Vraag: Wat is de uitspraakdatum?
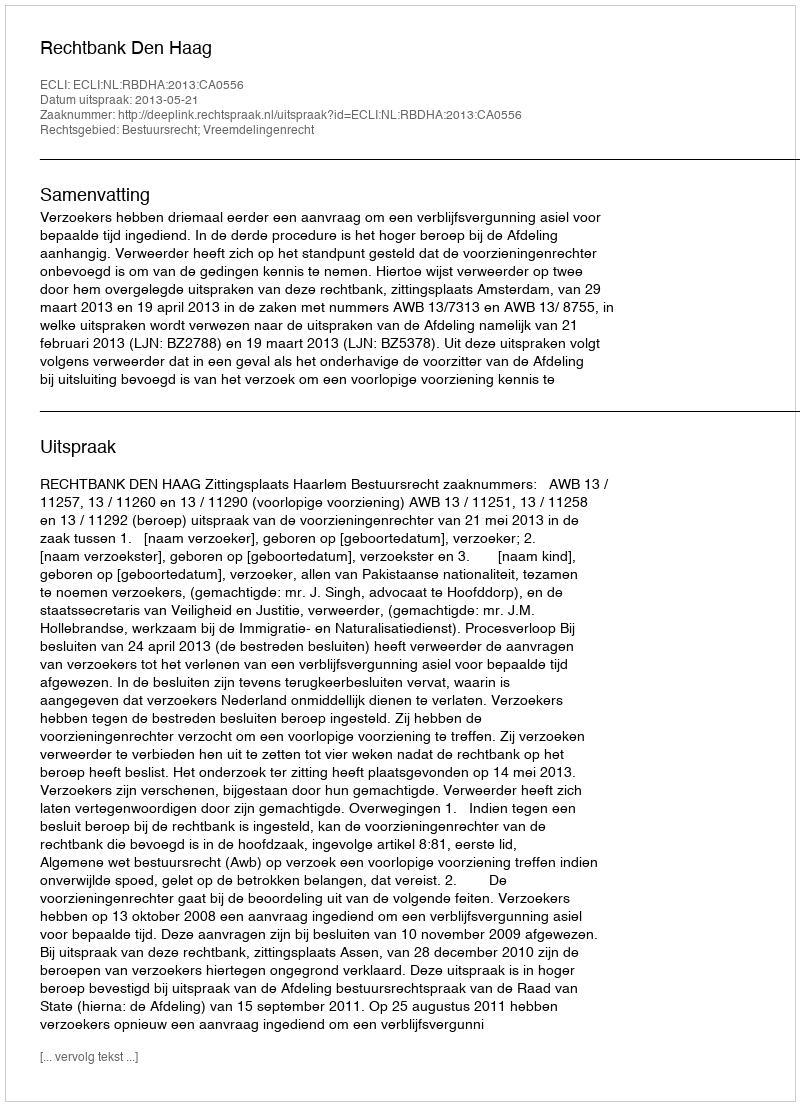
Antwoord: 2013-05-21